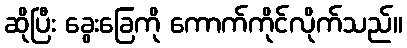
ဆိုပြီး ခွေးခြေကို ကောက်ကိုင်လိုက်သည်။